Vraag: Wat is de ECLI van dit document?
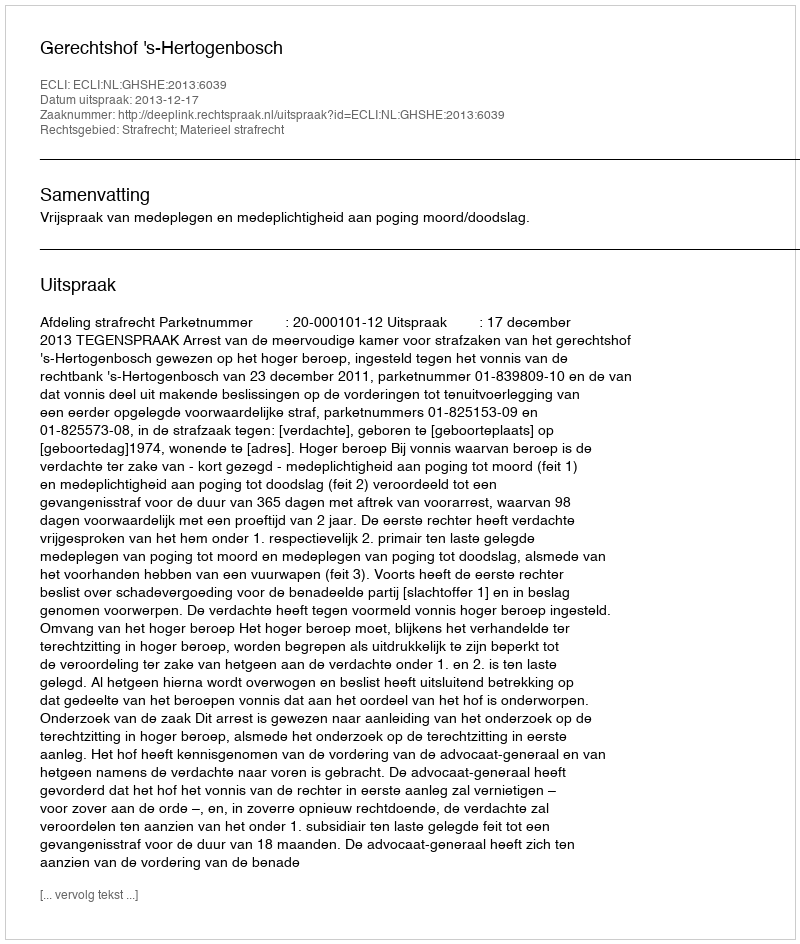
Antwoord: ECLI:NL:GHSHE:2013:6039